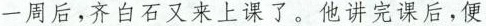
一周后,齐白石又来上课了。他讲完课后，便